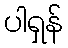
ပါရှန်